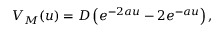
V _ { M } ( u ) = D \left( e ^ { - 2 a u } - 2 e ^ { - a u } \right) ,